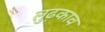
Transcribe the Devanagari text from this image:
लुढ़काव